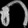
Digit: ၈